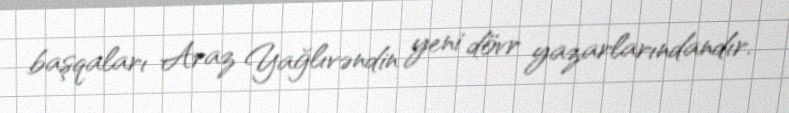
başqaları Araz Yağlıvəndin yeni dövr yazarlarındandır.